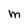
Character: M